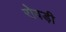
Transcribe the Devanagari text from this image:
रोवड़ी